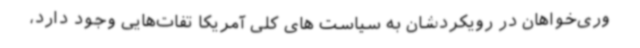
وری‌خواهان در رویکردشان به سیاست های کلی آمریکا تفات‌هایی وجود دارد،